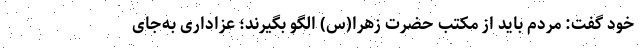
خود گفت: مردم باید از مکتب حضرت زهرا(س) الگو بگیرند؛ عزاداری به‌جای